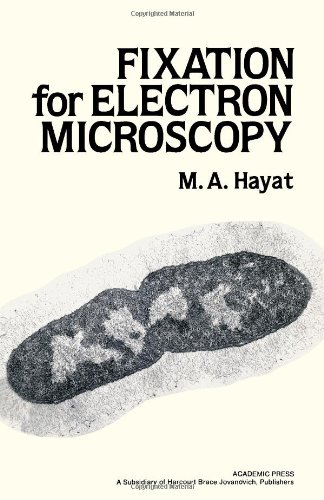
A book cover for Fixation for Electron Microscopy; M. A. Hayat; Science & Math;